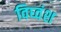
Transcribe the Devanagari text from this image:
विघ्वंश